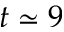
t \simeq 9